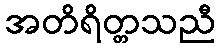
အတိရိတ္တသညီ